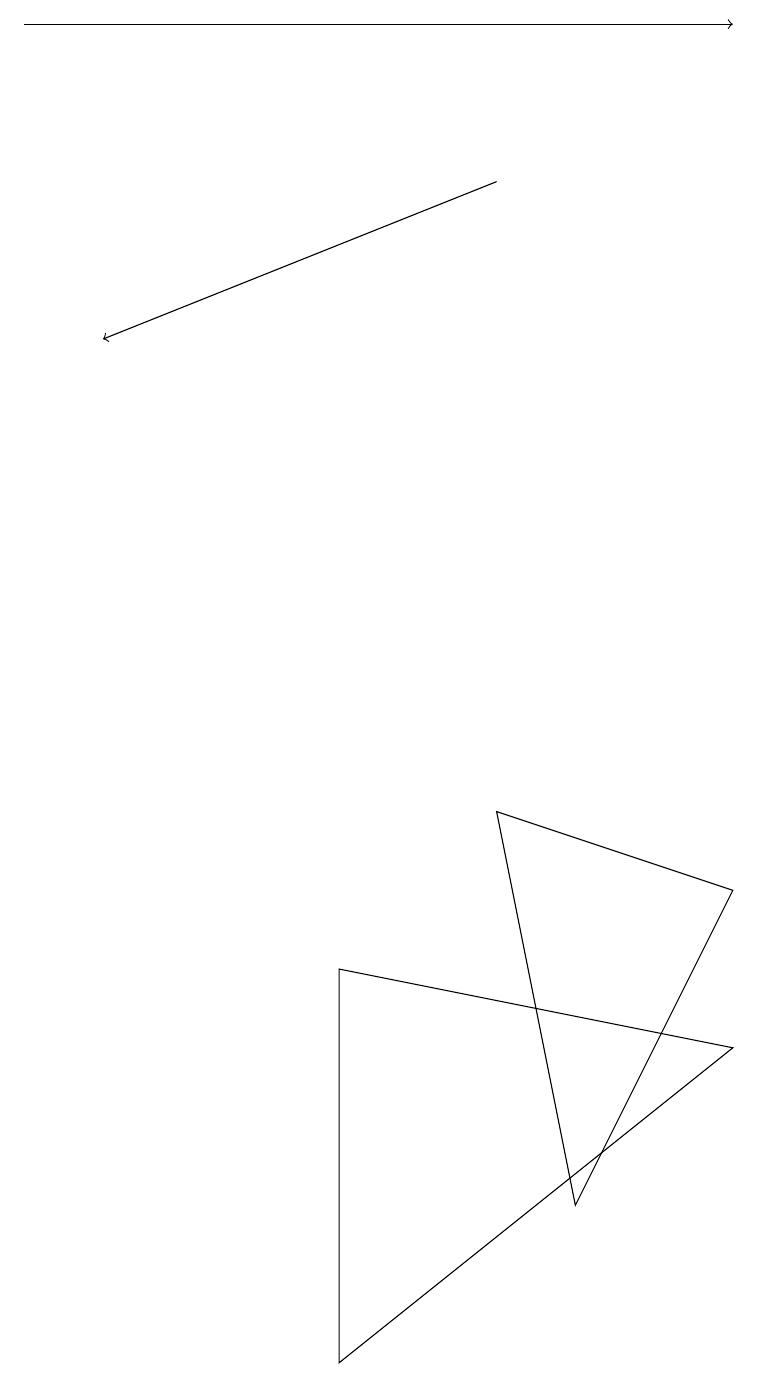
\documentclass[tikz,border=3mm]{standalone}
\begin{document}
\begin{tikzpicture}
\draw[->] (0,17) -- (9,17);
\draw (4,5) -- (9,4) -- (4,0) -- cycle;
\draw[->] (6,15) -- (1,13);
\draw (6,7) -- (7,2) -- (9,6) -- cycle;
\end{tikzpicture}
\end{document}